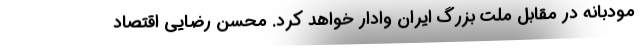
مودبانه در مقابل ملت بزرگ ایران وادار خواهد کرد. محسن رضایی اقتصاد